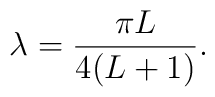
\lambda=\frac{\pi L}{4(L+1)}.